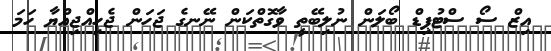
އިޒް ސޯ ސްޓުޕިޑް ބޯލަން ނުލިބޭތީ ވާގޮތްކަން ނޭނގެ ޖަހަން ޖެހިއްޖިއްޔާ ހަމަ